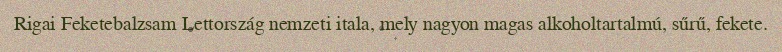
Rigai Feketebalzsam Lettország nemzeti itala, mely nagyon magas alkoholtartalmú, sűrű, fekete.